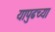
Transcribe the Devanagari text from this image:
यापुढच्या